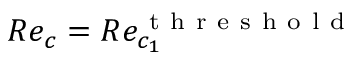
R e _ { c } = R e _ { c _ { 1 } } ^ { \mathrm { ~ t ~ h ~ r ~ e ~ s ~ h ~ o ~ l ~ d ~ } }